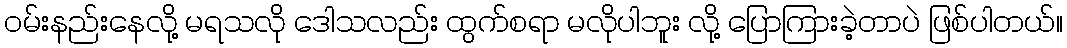
ဝမ်းနည်းနေလို့ မရသလို ဒေါသလည်း ထွက်စရာ မလိုပါဘူး လို့ ပြောကြားခဲ့တာပဲ ဖြစ်ပါတယ်။